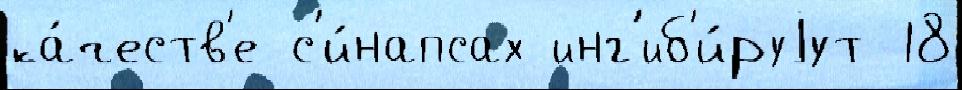
ка́честв'е с'и́напсах инг'иб'и́руjут 18